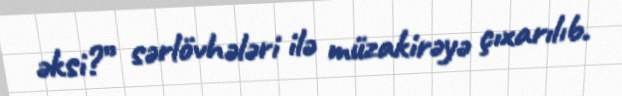
əksi?” sərlövhələri ilə müzakirəyə çıxarılıb.